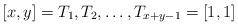
LaTeX: \begin{align*} [x,y]=T_1, T_2, \dots, T_{x+y-1}=[1,1] \end{align*}